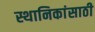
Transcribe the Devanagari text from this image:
स्थानिकांसाठी